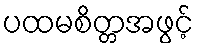
ပထမစိတ္တအဖွင့်